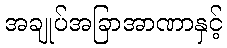
အချုပ်အခြာအာဏာနှင့်